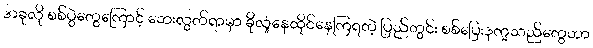
အခုလို စစ်ပွဲတွေကြောင့် ဘေးလွတ်ရာမှာ ခိုလှုံနေထိုင်နေကြရတဲ့ ပြည်တွင်း စစ်ပြေးဒုက္ခသည်တွေဟာ